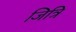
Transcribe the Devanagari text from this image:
जित्रि